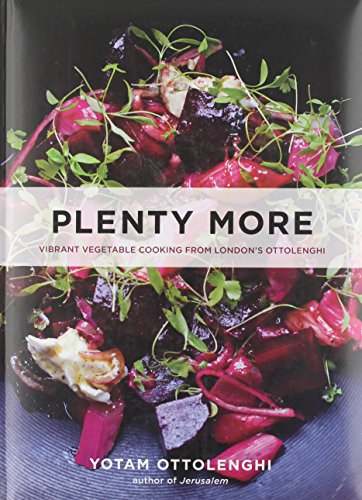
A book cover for Plenty More: Vibrant Vegetable Cooking from London's Ottolenghi; Yotam Ottolenghi; Cookbooks, Food & Wine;